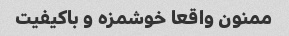
ممنون واقعا خوشمزه و باکیفیت